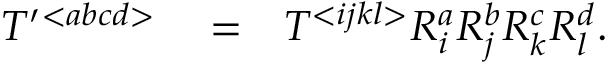
\begin{array} { r l r } { { \cal T } ^ { \prime } { } ^ { < a b c d > } } & { { } = } & { { \cal T } ^ { < i j k l > } R _ { i } ^ { a } R _ { j } ^ { b } R _ { k } ^ { c } R _ { l } ^ { d } . } \end{array}